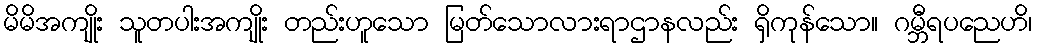
မိမိအကျိုး သူတပါးအကျိုး တည်းဟူသော မြတ်သောလားရာဌာနလည်း ရှိကုန်သော။ ဂမ္ဘီရပညေဟိ၊